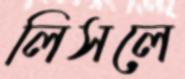
লিসলে